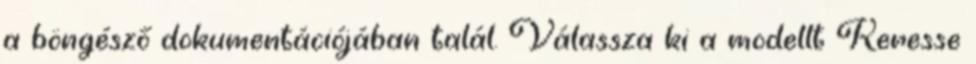
a böngésző dokumentációjában talál. Válassza ki a modellt Keresse